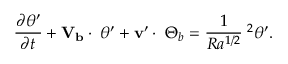
\frac { \partial { \theta } ^ { \prime } } { \partial t } + \mathbf { V _ { b } } \cdot \mathbf { \nabla } { \theta } ^ { \prime } + { \mathbf { v } } ^ { \prime } \cdot \mathbf { \nabla } \Theta _ { b } = \frac { 1 } { R a ^ { 1 / 2 } } \mathbf { \nabla } ^ { 2 } { \theta } ^ { \prime } .